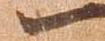
一